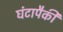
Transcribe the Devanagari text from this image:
घंटापैकी